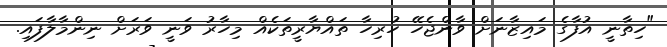
"ހިތާނީ އުފާގެ މައިޒާނަށް ވާންޖެހޭ ހުރިހާ ތައްޔާރީތަކެއް މިހާރު ވަނީ ވަރަށް ނިންމާލާފައި.